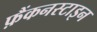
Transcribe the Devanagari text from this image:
फ़ैंकनस्टाइन